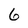
Character: 6